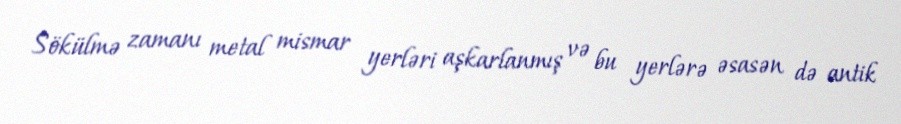
Sökülmə zamanı metal mismar yerləri aşkarlanmış və bu yerlərə əsasən də antik